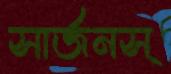
সার্জনস্